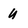
Character: u